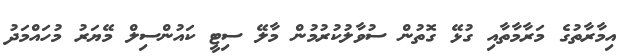
އިމާރާތުގެ މަރާމާތާއި ގުޅޭ ގޮތުން ސުވާލުކުރުމުން މާލޭ ސިޓީ ކައުންސިލް މޭޔަރު މުހައްމަދު